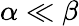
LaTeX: \alpha\ll\beta